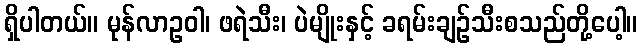
ရှိပါတယ်။ မုန်လာဥဝါ၊ ဖရဲသီး၊ ပဲမျိုးနှင့် ခရမ်းချဉ်သီးစသည်တို့ပေါ့။